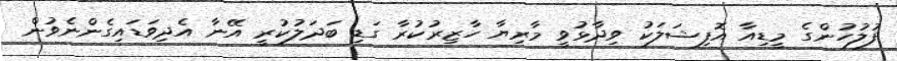
ފުލުހުންގެ މީޑިއާ އޮފިޝަލަކު ވިދާޅުވީ މާރިޔާ ހާޒިރުކުރާ ގަޑި ބަދަލުކުރީ އޭނާ އެދިވަޑައިގެންނެވުން